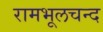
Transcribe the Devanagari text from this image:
रामभूलचन्द